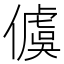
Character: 𪝭